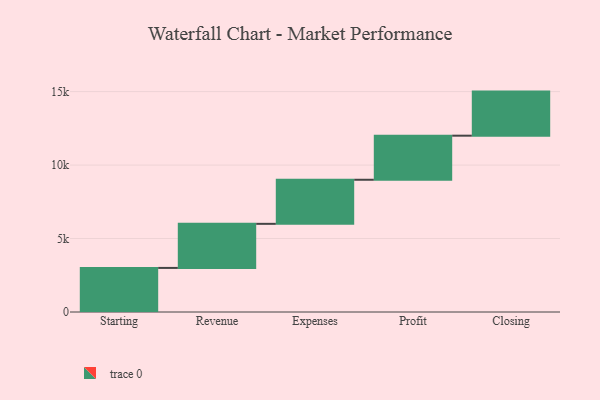
{"axis": {"x": "Step", "y": "Value"}, "legend": [""], "data": [{"x": "Starting", "y": 3000, "type": ""}, {"x": "Revenue", "y": 3000, "type": ""}, {"x": "Expenses", "y": 3000, "type": ""}, {"x": "Profit", "y": 3000, "type": ""}, {"x": "Closing", "y": 3000, "type": ""}]}